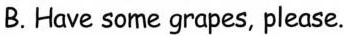
B.Have some grapes, please.